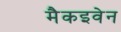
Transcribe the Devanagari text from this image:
मैकइवेन